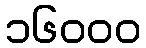
၁၆၀၀၀